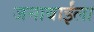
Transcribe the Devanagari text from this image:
जनाबाईंला